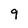
Character: 9